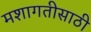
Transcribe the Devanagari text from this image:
मशागतीसाठी